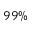
9 9 \%